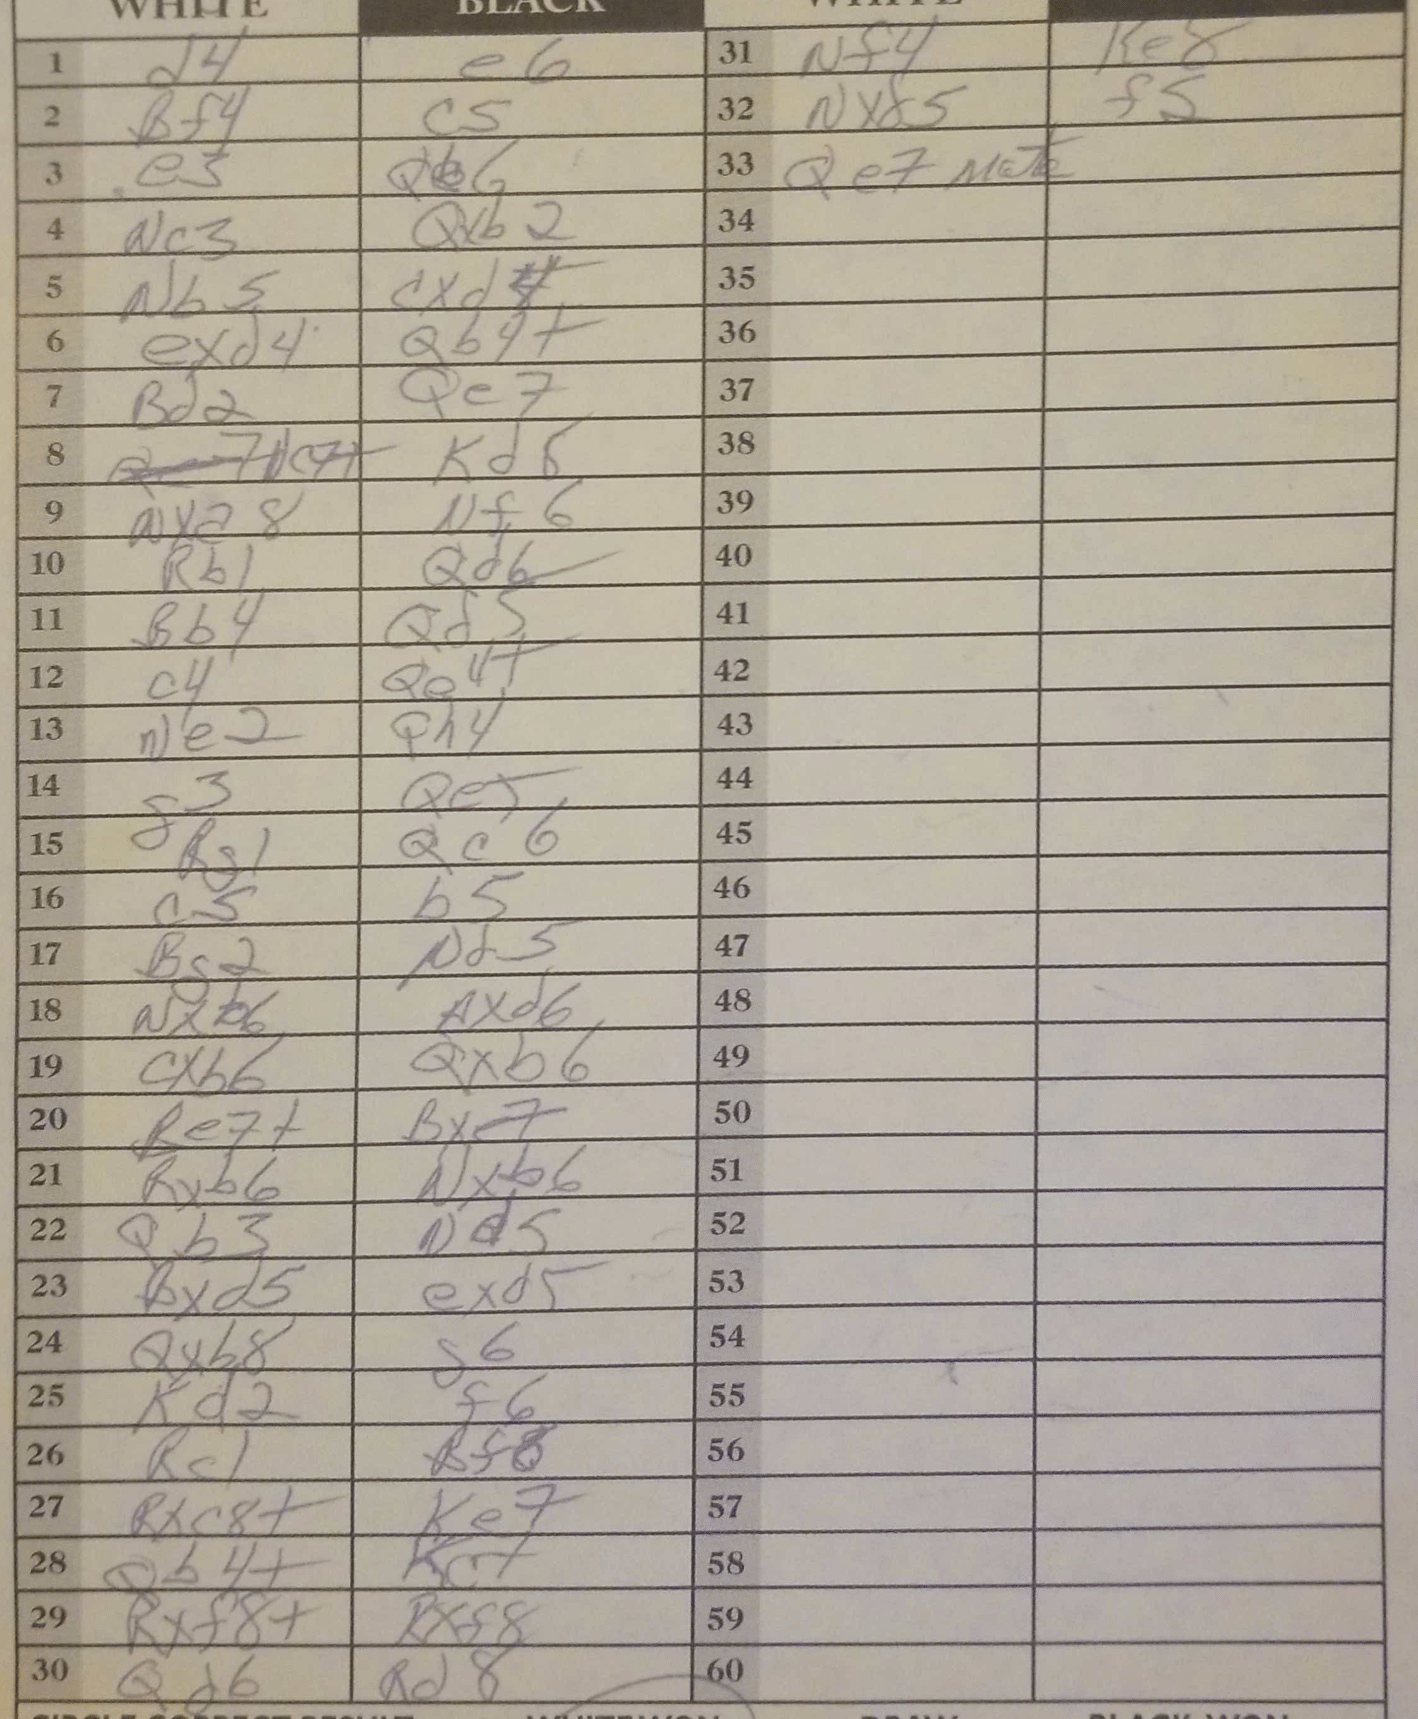
Moves: d4 e6 Bf4 c5 e3 Qb6 Nc3 Qxb2 Nb5 cxd5 exd4 Qb4+ Bd2 Qe7 Kd6 Nxa8 Nf6 Rb1 Qd6 Bb4 Qd5 c4 Qe4+ Ne2 Qh4 g3 Qe5 Rg1 Qc6 c5 b5 Bg2 Nd5 Nxb6 Nxd6 cxb6 Qxb6 Be7+ Bxe7 Rxb6 Nxb6 Qb3 Nd5 Bxd5 exd5 Qxb8 g6 Kd2 f6 Rc1 Bf8 Rxc8+ Ke7 Qb4+ Ke7 Qb4+ Rxf8 Qd6 Rd8 Nf4 Ke8 Nxd5 f5 Qe7